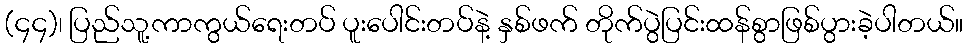
(၄၄)၊ ပြည်သူ့ကာကွယ်ရေးတပ် ပူးပေါင်းတပ်နဲ့ နှစ်ဖက် တိုက်ပွဲပြင်းထန်စွာဖြစ်ပွားခဲ့ပါတယ်။